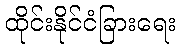
ထိုင်းနိုင်ငံခြားရေး